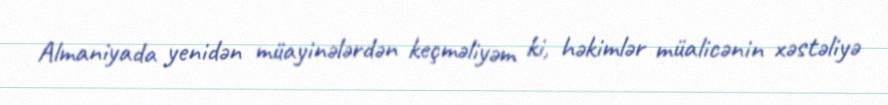
Almaniyada yenidən müayinələrdən keçməliyəm ki, həkimlər müalicənin xəstəliyə